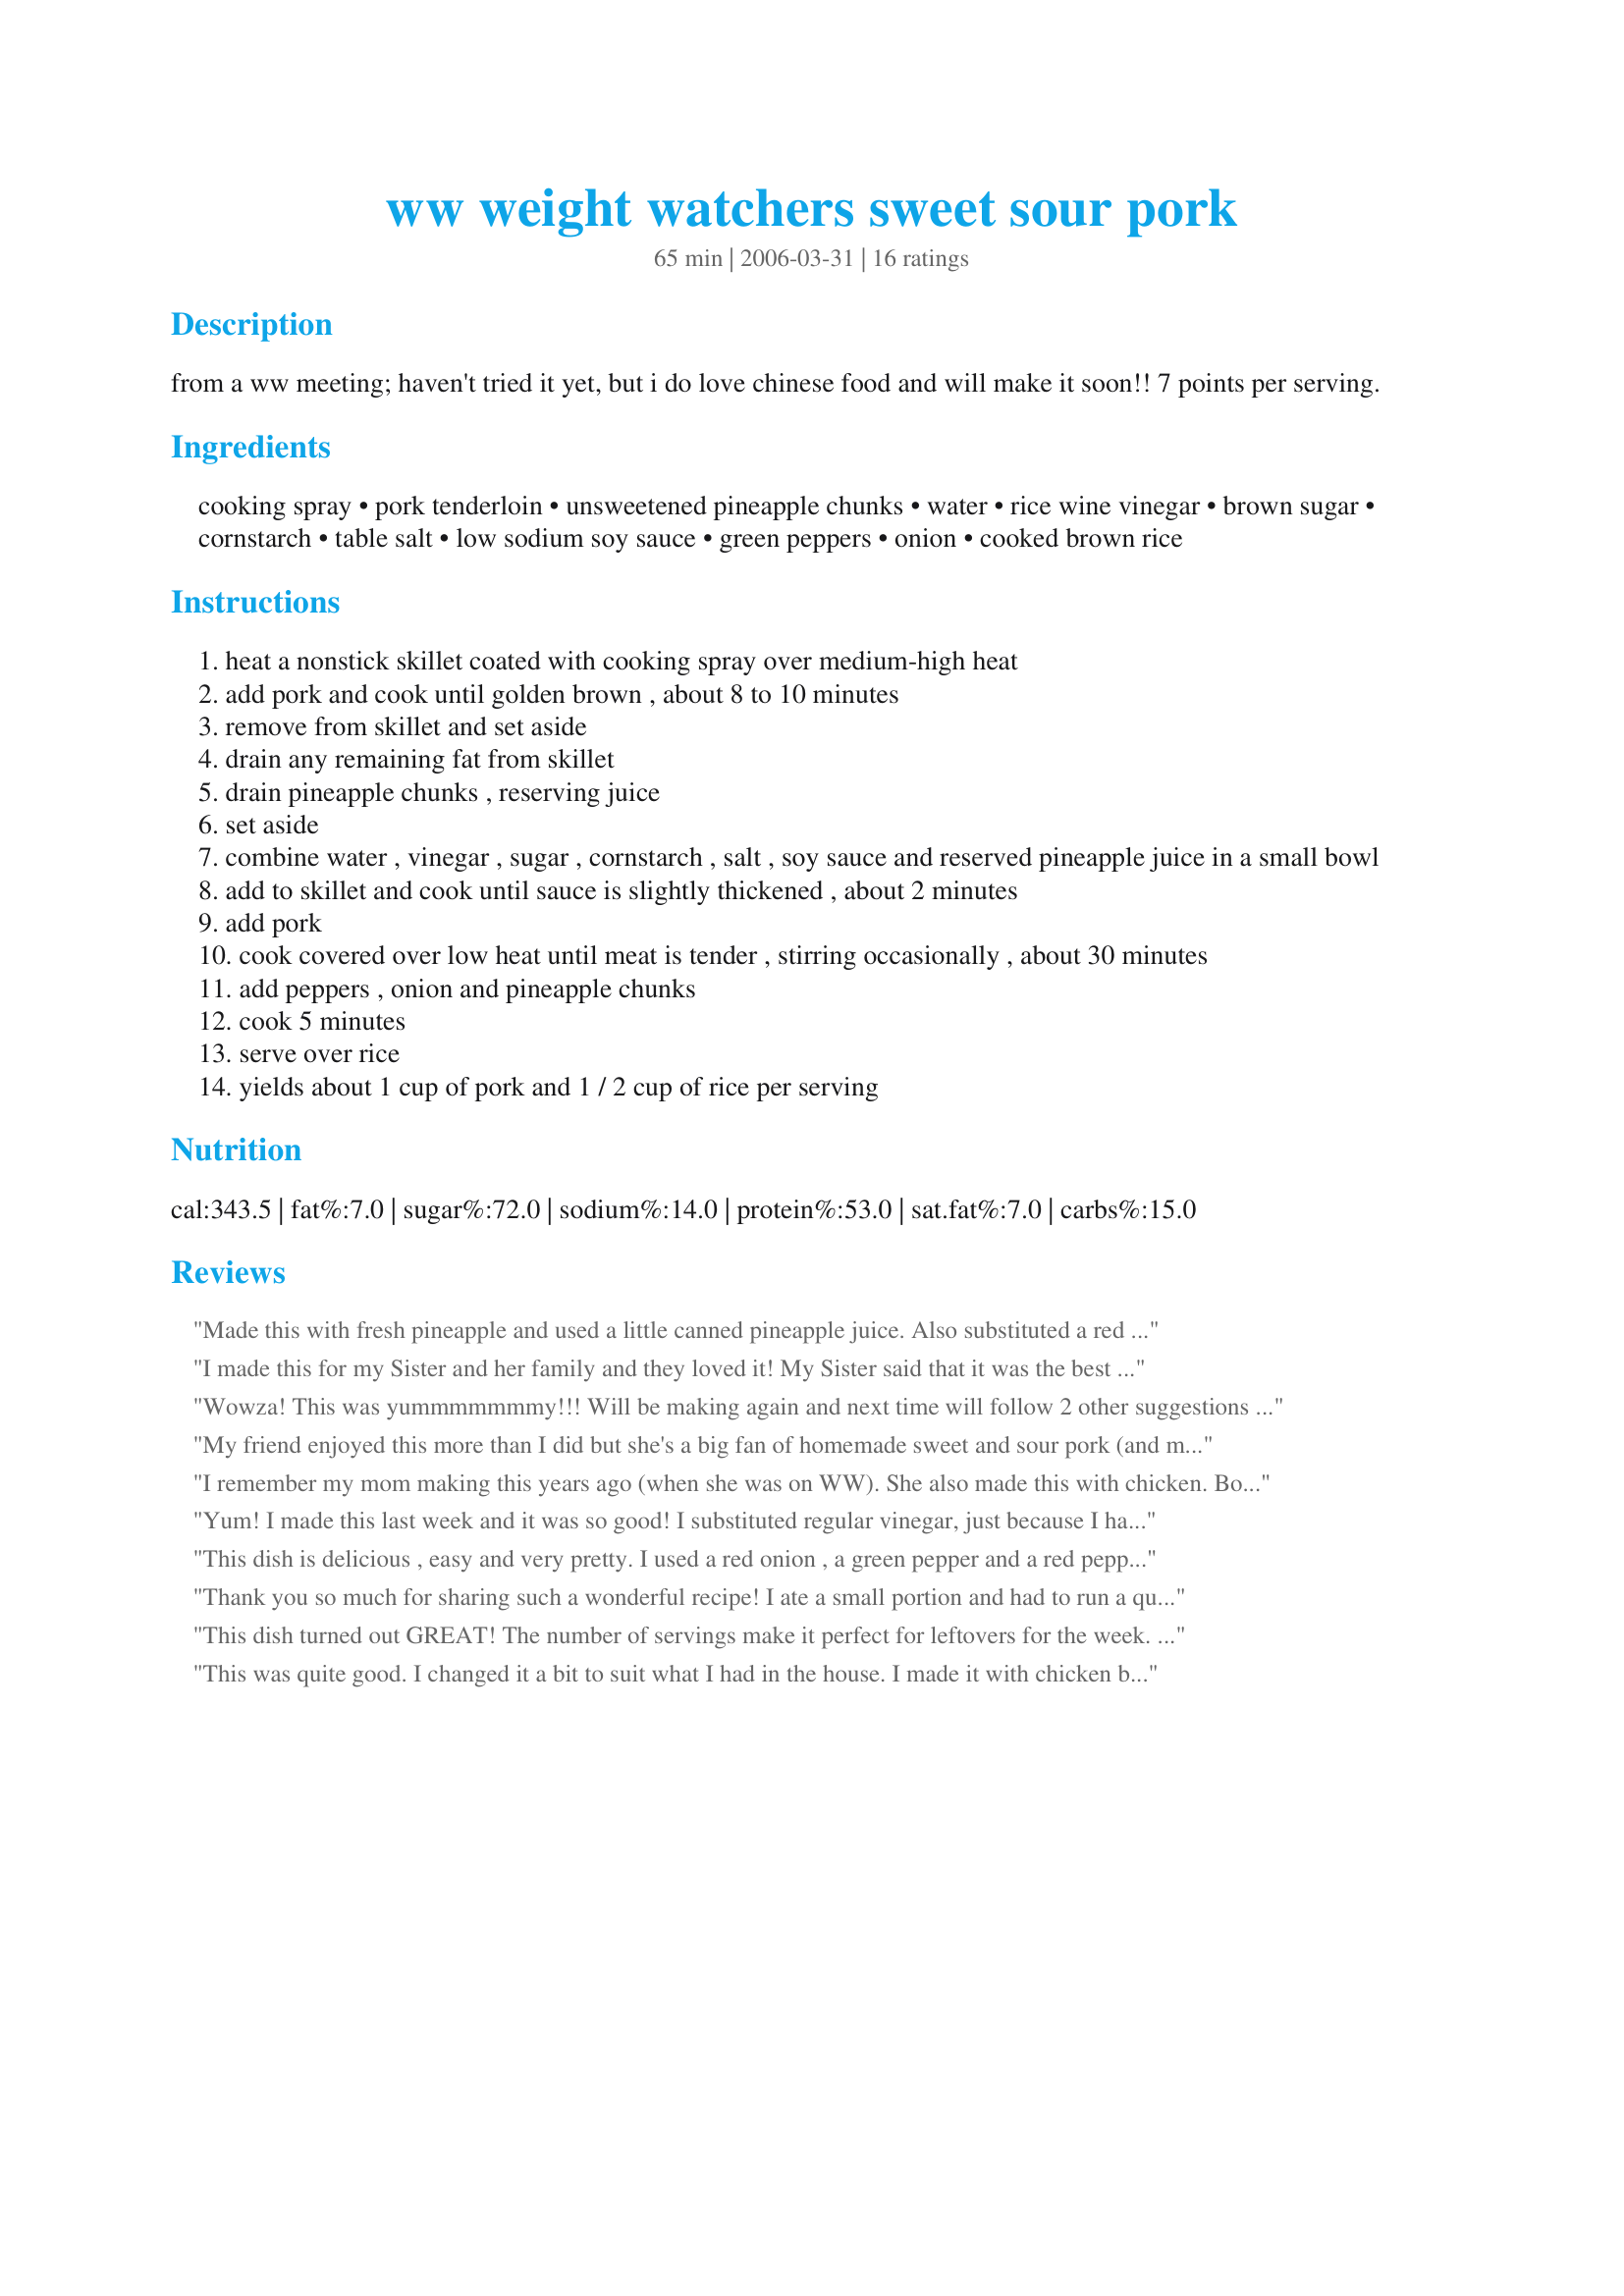
ww weight watchers sweet sour pork
Preparation time: 65 minutes

from a ww meeting; haven't tried it yet, but i do love chinese food and will make it soon!! 7 points per serving.

Ingredients:
cooking spray, pork tenderloin, unsweetened pineapple chunks, water, rice wine vinegar, brown sugar, cornstarch, table salt, low sodium soy sauce, green peppers, onion, cooked brown rice

Steps:
heat a nonstick skillet coated with cooking spray over medium-high heat
add pork and cook until golden brown , about 8 to 10 minutes
remove from skillet and set aside
drain any remaining fat from skillet
drain pineapple chunks , reserving juice
set aside
combine water , vinegar , sugar , cornstarch , salt , soy sauce and reserved pineapple juice in a small bowl
add to skillet and cook until sauce is slightly thickened , about 2 minutes
add pork
cook covered over low heat until meat is tender , stirring occasionally , about 30 minutes
add peppers , onion and pineapple chunks
cook 5 minutes
serve over rice
yields about 1 cup of pork and 1 / 2 cup of rice per serving

Reviews:
Made this with fresh pineapple and used a little canned pineapple juice. Also substituted a red bell pepper for one of the green ones to add some extra color. The family loved it!
I made this for my Sister and her family and they loved it! My Sister said that it was the best sweet and sour dish she ever ate. (S/S pork is her meal-of-choice when we go out for Chinese so that is quite a compliment.) I doubled the recipe (huge family) and had to use Apple Cider vinegar (all I had) and the dish turned out great. Thanks!
Wowza! This was yummmmmmmy!!! Will be making again and next time will follow 2 other suggestions to add red bell pepper (as I was making it I thought darn this would look even prettier with red in it) and crushed red pepper (I too thought it was yummy as written, but would also be tasty with a hint of spice). I might make slightly more sauce next time too so I could have plenty to top it off with. Thanks for this recipe! Its a definite new regular! Oh by the way my 3 year old daughter also loved it and asked for seconds - BONUS!!!
My friend enjoyed this more than I did but she's a big fan of homemade sweet and sour pork (and me doing the cooking!). Loved all of the sauce, but it was unfortunately too sweet for me, even after adding more vinegar. I think next time I'll cut back on the brown sugar and increase the vinegar. Thanks for posting.
I remember my mom making this years ago (when she was on WW). She also made this with chicken. Both are delicious. Thank you for posting!!
Yum! I made this last week and it was so good! I substituted regular vinegar, just because I had it. I also used my wok and browned the pork in small batches to make it tender and perfectly browned. I did use brown rice and added some crushed peppers for a little heat. Very good for a WW meal!
This dish is delicious , easy and very pretty. I used a red onion , a green pepper and a red pepper. It was very tasty and I will be making it for my family. Paired it up with Trader Joes Vegetable fried rice which is super easy and only 180 per cup. Both my husband and my son had seconds. Thanks for posting this keeper recipe! : )
Thank you so much for sharing such a wonderful recipe! I ate a small portion and had to run a quick errand, planning to come back to eat more. However, by the time I returned, my teenage daughter had finished it off! Both of my girls and my husband raved about it! The best part - It didn't feel like diet food!
This dish turned out GREAT! The number of servings make it perfect for leftovers for the week. I made it with my Boyfriend ( we've recently started trying to cook together as we are both novices) and it was a fairly easy recipie with deliciously motiviating results.
This was quite good. I changed it a bit to suit what I had in the house. I made it with chicken breasts instead of pork and used about a tblsp. of olive oil instead of cooking spray. I found it needed some salt and pepper but otherwise enjoyed it. I will try it with pork. Thanks for the recipe.
Just made this tonight, it was awesome, I did add water chestnuts and mushrooms. While family loved it. I did omit the rice, as I&#039;m trying to avoid carbs. But, will definitely make this again.
This was delicious! I am so excited that it has less than 400 calories!! I made it exactly as written, and served it with a side dish of steamed broccoli. I found it took me a long time to make, but everything does with a seven month old around. This meal will be something made often in our house. Thanks for such a great meal!
My husband made this and it was absolutely wonderful. We were planning the next time to make it as we were eating it.
Thank you for a great recipe.
Very tasty! And healthy, too--can't beat that. I like saucy dishes, so I usually double the sauce portion in recipes, but this makes quite a lot of sauce as is. Will definitely make this again.
I doubled this recipe to accommodate my large family and it turned out beautifully. I served it over brown rice as directed and no one had a clue they were eating a lighter side dish. We'll be making this again and again!
This is a great recipe. I chose to make it with chicken instead o9f pork and it was fabulous! Even my picky 6 yr old said "Mommy, I LIKE IT!". Anything we can get her to eat, gets 5 stars!
